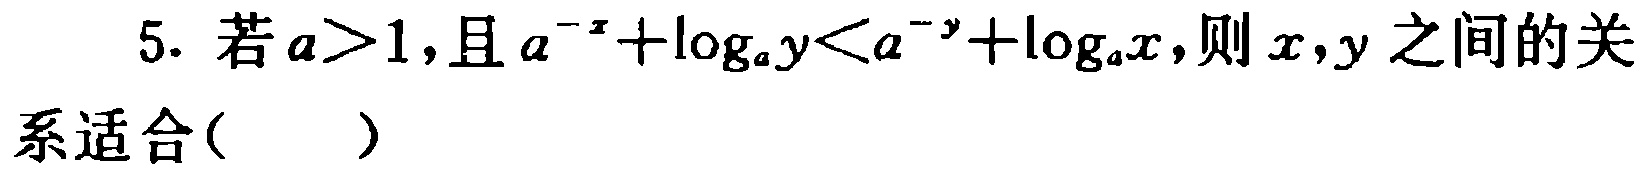
5. 若\(a > 1\)，且\(a^{-x}+\log_{a}y < a^{-y}+\log_{a}x\)，则\(x,y\)之间的关系适合( )